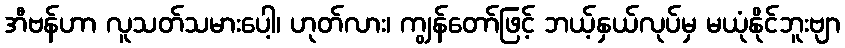
အီဗန်ဟာ လူသတ်သမားပေါ့၊ ဟုတ်လား၊ ကျွန်တော်ဖြင့် ဘယ့်နှယ်လုပ်မှ မယုံနိုင်ဘူးဗျာ